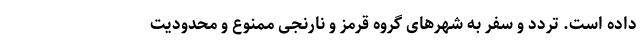
داده است. تردد و سفر به شهرهای گروه قرمز و نارنجی ممنوع و محدودیت